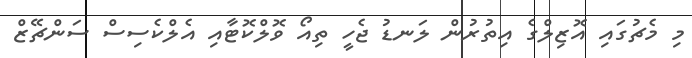
މި މެޗުގައި އޮޒިލްގެ އިތުރުން ލަނޑު ޖެހީ ތިއޯ ވޮލްކޮޓާއި އެލްކެސިސް ސަންޗޭޒް